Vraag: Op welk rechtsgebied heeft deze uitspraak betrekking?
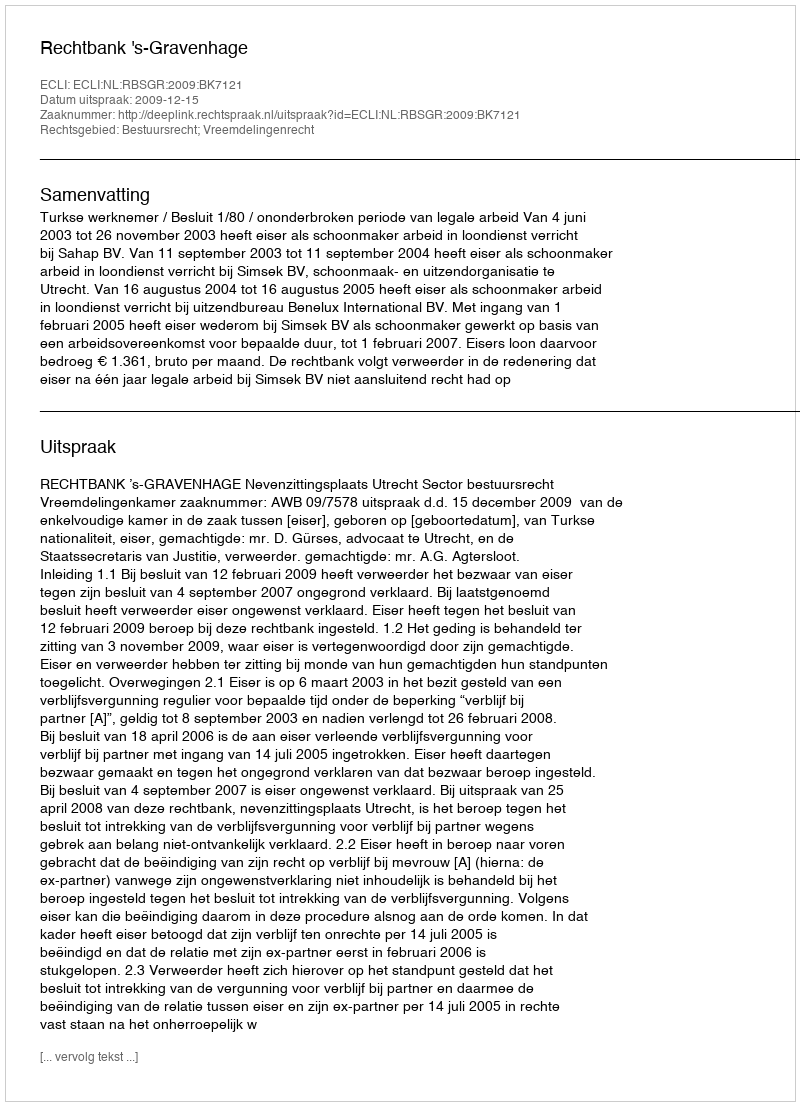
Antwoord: Bestuursrecht; Vreemdelingenrecht